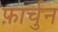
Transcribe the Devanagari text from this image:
फ़ार्चुन